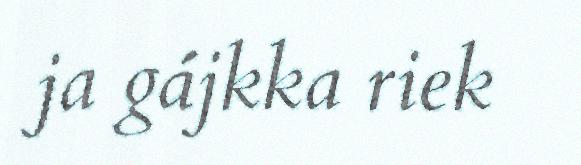
ja gájkka riek